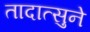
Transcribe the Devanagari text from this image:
तादात्सुने